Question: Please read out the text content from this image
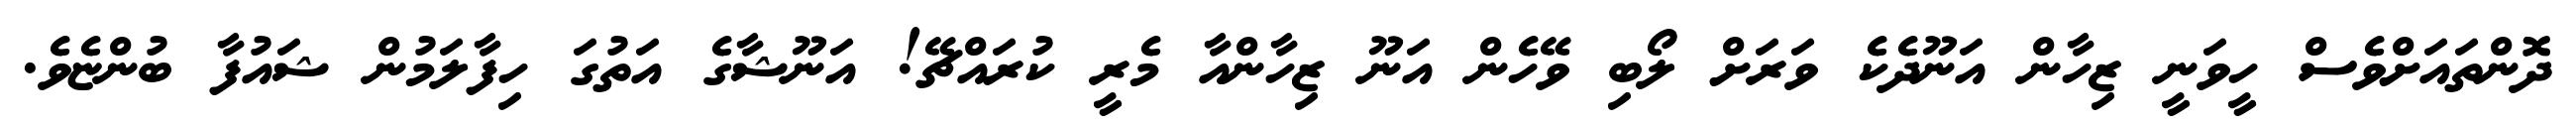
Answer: ދޮންތައަށްވެސް ހީވަނީ ޒިހާން އަނޫދެކެ ވަރަށް ލޯބި ވޭހެން އަނޫ ޒިހާންއާ މެރީ ކުރައްޗޭ! އަނޫޝާގެ އަތުގަ ހިފާލަމުން ޝައުފާ ބުންޏެވެ.